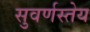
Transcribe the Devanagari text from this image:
सुवर्णस्तेय